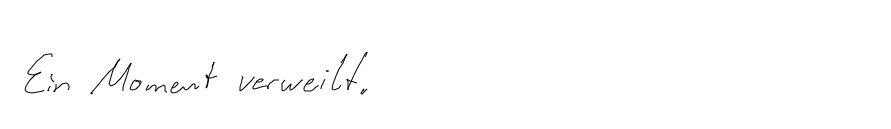
Ein Moment verweilt.